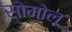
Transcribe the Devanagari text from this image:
सोमोलू